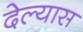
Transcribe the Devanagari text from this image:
देल्यास